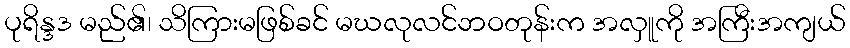
ပုရိန္ဒဒ မည်၏၊ သိကြားမဖြစ်ခင် မဃလုလင်ဘဝတုန်းက အလှူကို အကြီးအကျယ်